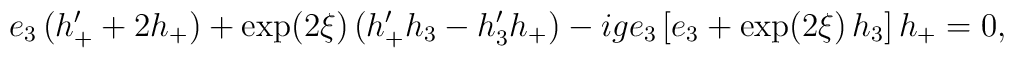
e_3\,(h'_+ +2h_+) +\exp(2\xi)\,(h'_+h_3 -h'_3h_+)-ige_3\,[e_3+\exp(2\xi)\,h_3]\,h_+ =0,